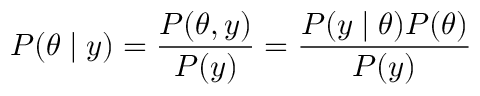
P ( \theta \mid y ) = { \frac { P ( \theta , y ) } { P ( y ) } } = { \frac { P ( y \mid \theta ) P ( \theta ) } { P ( y ) } }